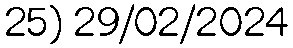
25) 29/02/2024